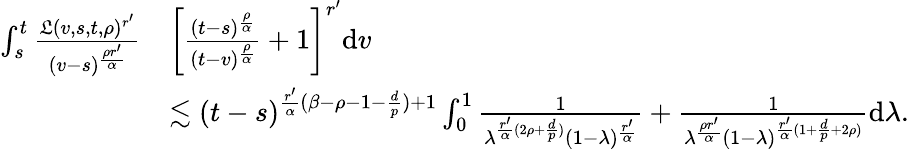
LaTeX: \begin{array}{rl}{\int_{s}^{t}\frac{\mathfrak{L}(v,s,t,\rho)^{r^{\prime}}}{(v-s)^{\frac{\rho{r^{\prime}}}{\alpha}}}}&{\left[\frac{(t-s)^{\frac{\rho}{\alpha}}}{(t-v)^{\frac{\rho}{\alpha}}}+1\right]^{r^{\prime}}\mathrm{d}v}\\ &{\lesssim(t-s)^{\frac{r^{\prime}}{\alpha}(\beta-\rho-1-\frac{d}{p})+1}\int_{0}^{1}\frac{1}{\lambda^{\frac{r^{\prime}}{\alpha}(2\rho+\frac{d}{p})}(1-\lambda)^{\frac{r^{\prime}}{\alpha}}}+\frac{1}{\lambda^{\frac{\rho r^{\prime}}{\alpha}}(1-\lambda)^{\frac{r^{\prime}}{\alpha}(1+\frac{d}{p}+2\rho)}}\mathrm{d}\lambda.}\end{array}